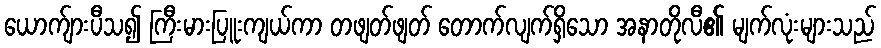
ယောက်ျားပီသ၍ ကြီးမားပြူးကျယ်ကာ တဖျတ်ဖျတ် တောက်လျက်ရှိသော အနာတိုလီ၏ မျက်လုံးများသည်